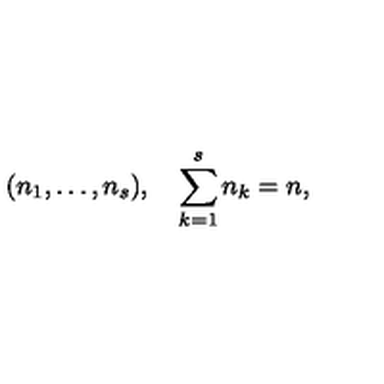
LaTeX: ( n _ { 1 } , \ldots , n _ { s } ) , \quad \sum _ { k = 1 } ^ { s } n _ { k } = n ,